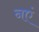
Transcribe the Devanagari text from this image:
नएं